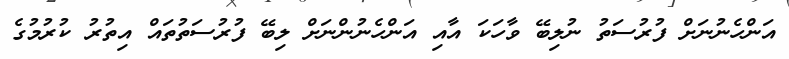
އަންހެނުނަށް ފުރުސަތު ނުލިބޭ ވާހަކަ އާއި އަންހެނުންނަށް ލިބޭ ފުރުސަތުތައް އިތުރު ކުރުމުގެ